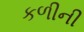
કળીની